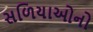
સળિયાઓનો